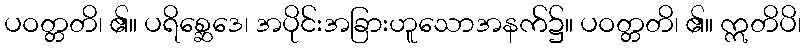
ပဝတ္တတိ၊ ၏။ ပရိစ္ဆေဒေ၊ အပိုင်းအခြားဟူသောအနက်၌။ ပဝတ္တတိ၊ ၏။ ဣတိပိ၊